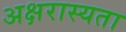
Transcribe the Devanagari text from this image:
अक्षरास्यता